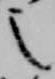
之